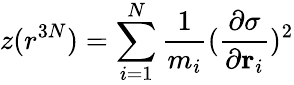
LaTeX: z(r^{3N})=\sum_{i=1}^{N}\frac{1}{m_{i}}(\frac{\partial\sigma}{\partial\mathbf{r}_{i}})^{2}